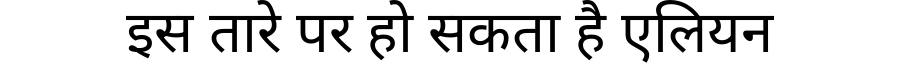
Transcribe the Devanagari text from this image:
इस तारे पर हो सकता है एलियन